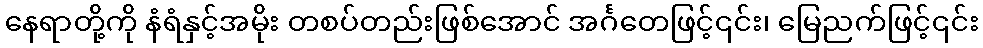
နေရာတို့ကို နံရံနှင့်အမိုး တစပ်တည်းဖြစ်အောင် အင်္ဂတေဖြင့်၎င်း၊ မြေညက်ဖြင့်၎င်း